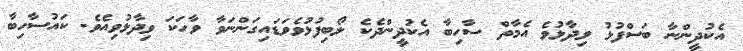
އެކުދީންނާ ބަސްފުޅު ވިދާޅުވެ އެމާތް ސާހިބާ އެކުދީންދެކެ ލޯބިފުޅުވެވަޑައިގަންނަވާ ވާހަކަ ވިދާޅުވިއެވެ. ކައުސާހިބާ